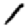
Digit: 1